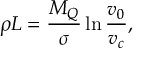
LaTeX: \bar { \varrho } = \varrho ( 1 - \frac { \lambda ^ { 2 } } { 2 } ) , \qquad \bar { \eta } = \eta ( 1 - \frac { \lambda ^ { 2 } } { 2 } )